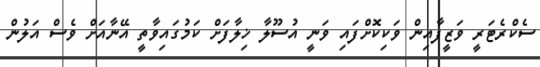
ސެކްރެޓަރީ ވަޒީފާއިން ވަކިކޮށްފައި ވަނީ އުސޫލާ ޚިލާފަށް ކަމުގައިވާތީ އޭނާއަށް ވެސް އަލުން